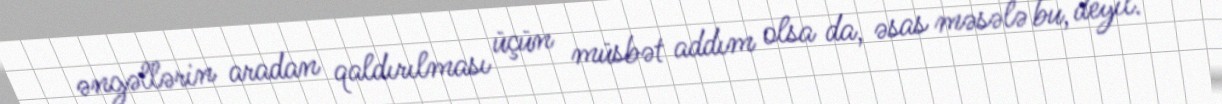
əngəllərin aradan qaldırılması üçün müsbət addım olsa da, əsas məsələ bu, deyil.